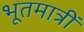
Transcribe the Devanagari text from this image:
भूतमात्रीं